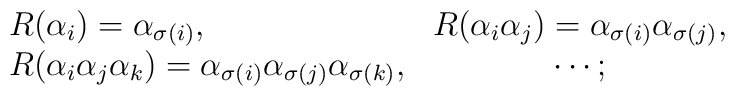
\begin{array}{lc}R(\alpha_i)=\alpha_{\sigma (i)}, & R(\alpha_i \alpha_j)=\alpha_{\sigma (i)}\alpha_{\sigma (j)},\\R(\alpha_i \alpha_j \alpha_k)=\alpha_{\sigma (i)} \alpha_{\sigma (j)} \alpha_{\sigma (k)}, &  \cdots ;\end{array}